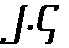
၂.၄